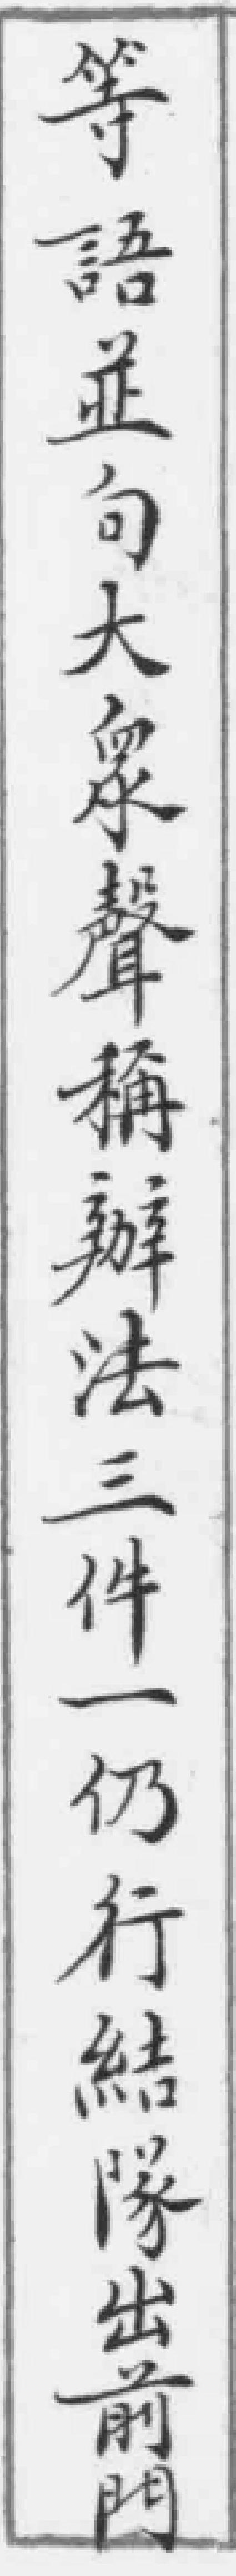
等語並句大衆聲稱辦法三件一仍行結隊出前門